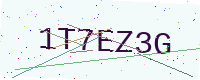
Text: 1T7EZ3G